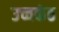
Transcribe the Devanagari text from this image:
उच्चकंठ